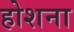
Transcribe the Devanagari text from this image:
होशना